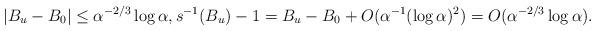
LaTeX: \begin{align*}|B_u -B_0|\leq \alpha^{-2/3}\log \alpha , s^{-1}(B_u)-1 =B_u-B_0 +O(\alpha^{-1}(\log \alpha)^2) =O(\alpha^{-2/3}\log \alpha).\end{align*}